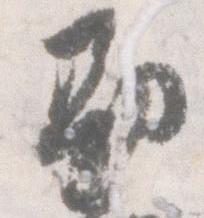
勘